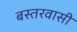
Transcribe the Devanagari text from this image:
बस्तरवासी